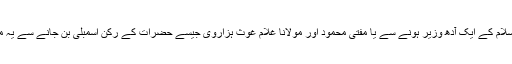
صرف جمعیت علمائے اسلام کے ایک آدھ وزیر ہونے سے یا مفتی محمود اور مولانا غلام غوث ہزاروی جیسے حضرات کے رکن اسمبلی بن جانے سے یہ ملک اسلامی نہیں بن جاتا۔